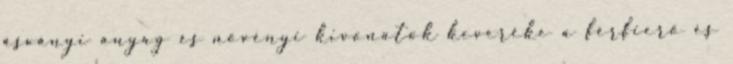
ásványi anyag és növényi kivonatok keveréke a férfierő és